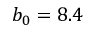
b _ { 0 } = 8 . 4